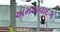
અમદાવાદગ